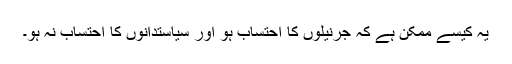
یہ کیسے ممکن ہے کہ جرنیلوں کا احتساب ہو اور سیاستدانوں کا احتساب نہ ہو۔